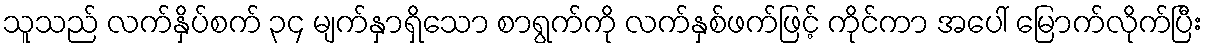
သူသည် လက်နှိပ်စက် ၃၄ မျက်နှာရှိသော စာရွက်ကို လက်နှစ်ဖက်ဖြင့် ကိုင်ကာ အပေါ် မြောက်လိုက်ပြီး